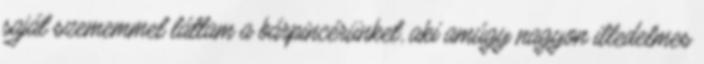
saját szememmel láttam a bárpincérünket, aki amúgy nagyon illedelmes